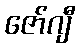
ဇော်ဂျီ